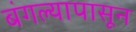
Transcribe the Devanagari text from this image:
बंगल्यापासून